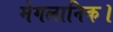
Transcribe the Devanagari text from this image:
मेगलानिक।